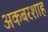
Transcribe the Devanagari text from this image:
अकबरशाह